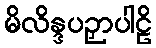
မိလိန္ဒပဉှာပါဠိ